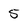
Character: 5